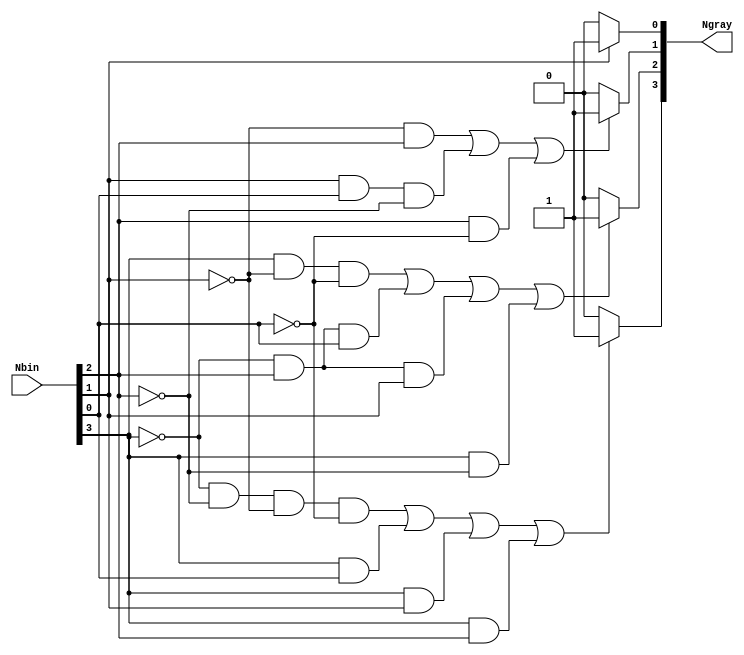
module grayenc (input [3:0] Nbin, output [3:0] Ngray);

assign Ngray[0] = (Nbin[1] == 1'b1) ? 1'b1 : 1'b0;
assign Ngray[1] = ((~Nbin[1] & Nbin[2]) | (Nbin[1] & Nbin[0] & ~Nbin[2]) | (Nbin[2] & ~Nbin[0])) ? 1'b1 : 1'b0;
assign Ngray[2] = ((Nbin[3] & ~Nbin[1] & ~Nbin[0]) | (~Nbin[3] & Nbin[2] & Nbin[0]) | (~Nbin[3] & Nbin[2] & Nbin[1]) | (Nbin[3] & ~Nbin[2])) ? 1'b1 : 1'b0;
assign Ngray[3] = ((~Nbin[3] & ~Nbin[2] & ~Nbin[1] & ~Nbin[0]) | (Nbin[3] & Nbin[0]) | (Nbin[3] & Nbin[1]) | (Nbin[3] & Nbin[2])) ? 1'b1 : 1'b0;


endmodule